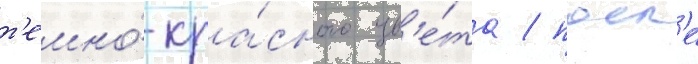
т'емно́-кра́сного цв'е́та / посл'е